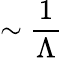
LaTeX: \sim\frac{1}{\Lambda}